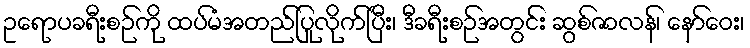
ဥရောပခရီးစဉ်ကို ထပ်မံအတည်ပြုလိုက်ပြီး၊ ဒီခရီးစဉ်အတွင်း ဆွစ်ဇာလန်၊ နော်ဝေး၊